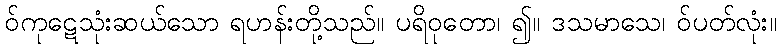
ဝ်ကုဋေသုံးဆယ်သော ရဟန်းတို့သည်။ ပရိဝုတော၊ ၍။ ဒသမာသေ၊ ဝ်ပတ်လုံး။